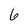
Character: 6